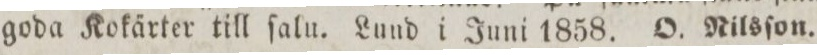
goda Kokärter till ſalu. Lund i Juni 1858. O. Nilsſon.